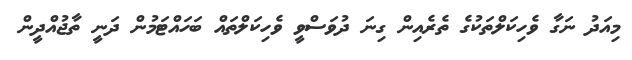
މިއަދު ނަގާ ވެހިކަލްތަކުގެ ތެރެއިން ގިނަ ދުވަސްވީ ވެހިކަލްތައް ބަހައްޓަމުން ދަނީ ތާޖުއްދީން